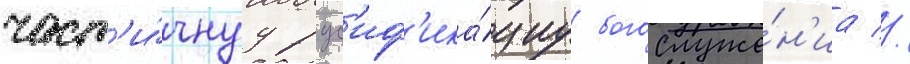
част'и́чнуу рус'иф'ика́циу богослуже́н'иа //